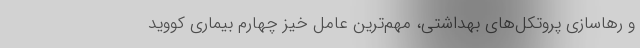
و رهاسازی پروتکل‌های بهداشتی، مهم‌ترین عامل خیز چهارم بیماری کووید